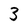
Character: 3